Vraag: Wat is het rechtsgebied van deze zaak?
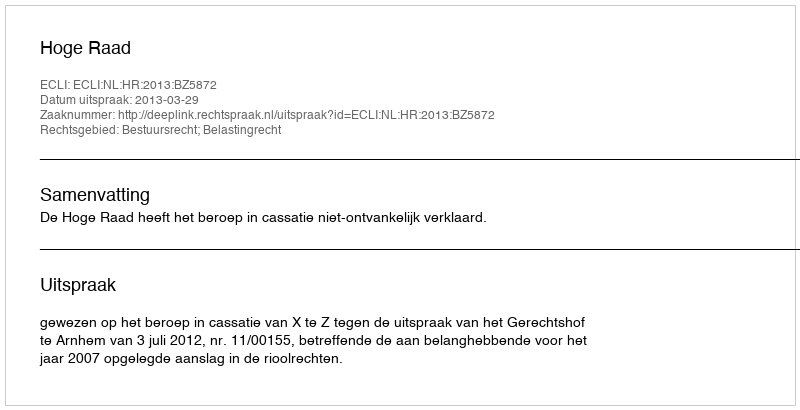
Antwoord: Bestuursrecht; Belastingrecht